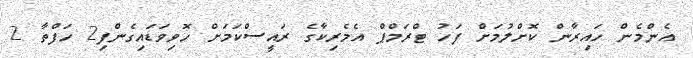
އެންމެން ހައިރާން ކޮށްލުމަށް ފަހު ޓްރަމްޕް އެމެރިކާގެ ރައީސްކަމަށް ހޮވިވަޑައިގެންފި2 ހަފްތާ 2